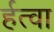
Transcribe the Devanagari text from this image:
र्हत्वा